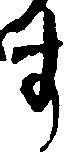
す